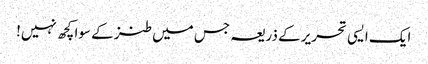
ایک ایسی تحریر کے ذریعہ جس میں طنز کے سوا کچھ نہیں!